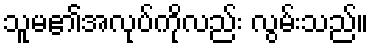
သူမ၏အလုပ်ကိုလည်း လွမ်းသည်။